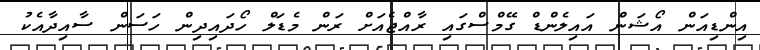
އިންޑިއަން އޯޝަން އައިލެންޑް ގޭމްސްގައި ރާއްޖެއަށް ރަން މެޑަލް ހޯދައިދިން ހަސަން ސާއިދާއެކު